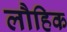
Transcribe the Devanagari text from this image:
लौहिक